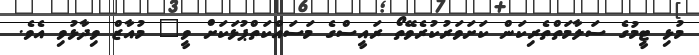
މުޅި ޓީމުގެ ސަލާމަތްތެރިކަން ކަށަވަރުކުރެވޭތޯ ރައީސްގެ މަސައްކަތްޕުޅަކަށް ވީ" މުއާޒް ވިދާޅުވި އެވެ.